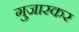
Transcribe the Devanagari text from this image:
गुजारकर